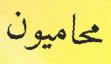
محاميون